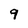
Character: 9